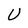
Character: U